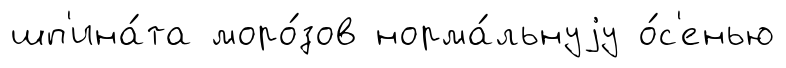
шп'ина́та моро́зов норма́льнуjу о́с'енью